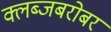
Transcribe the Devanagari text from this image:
क्लब्जबरोबर